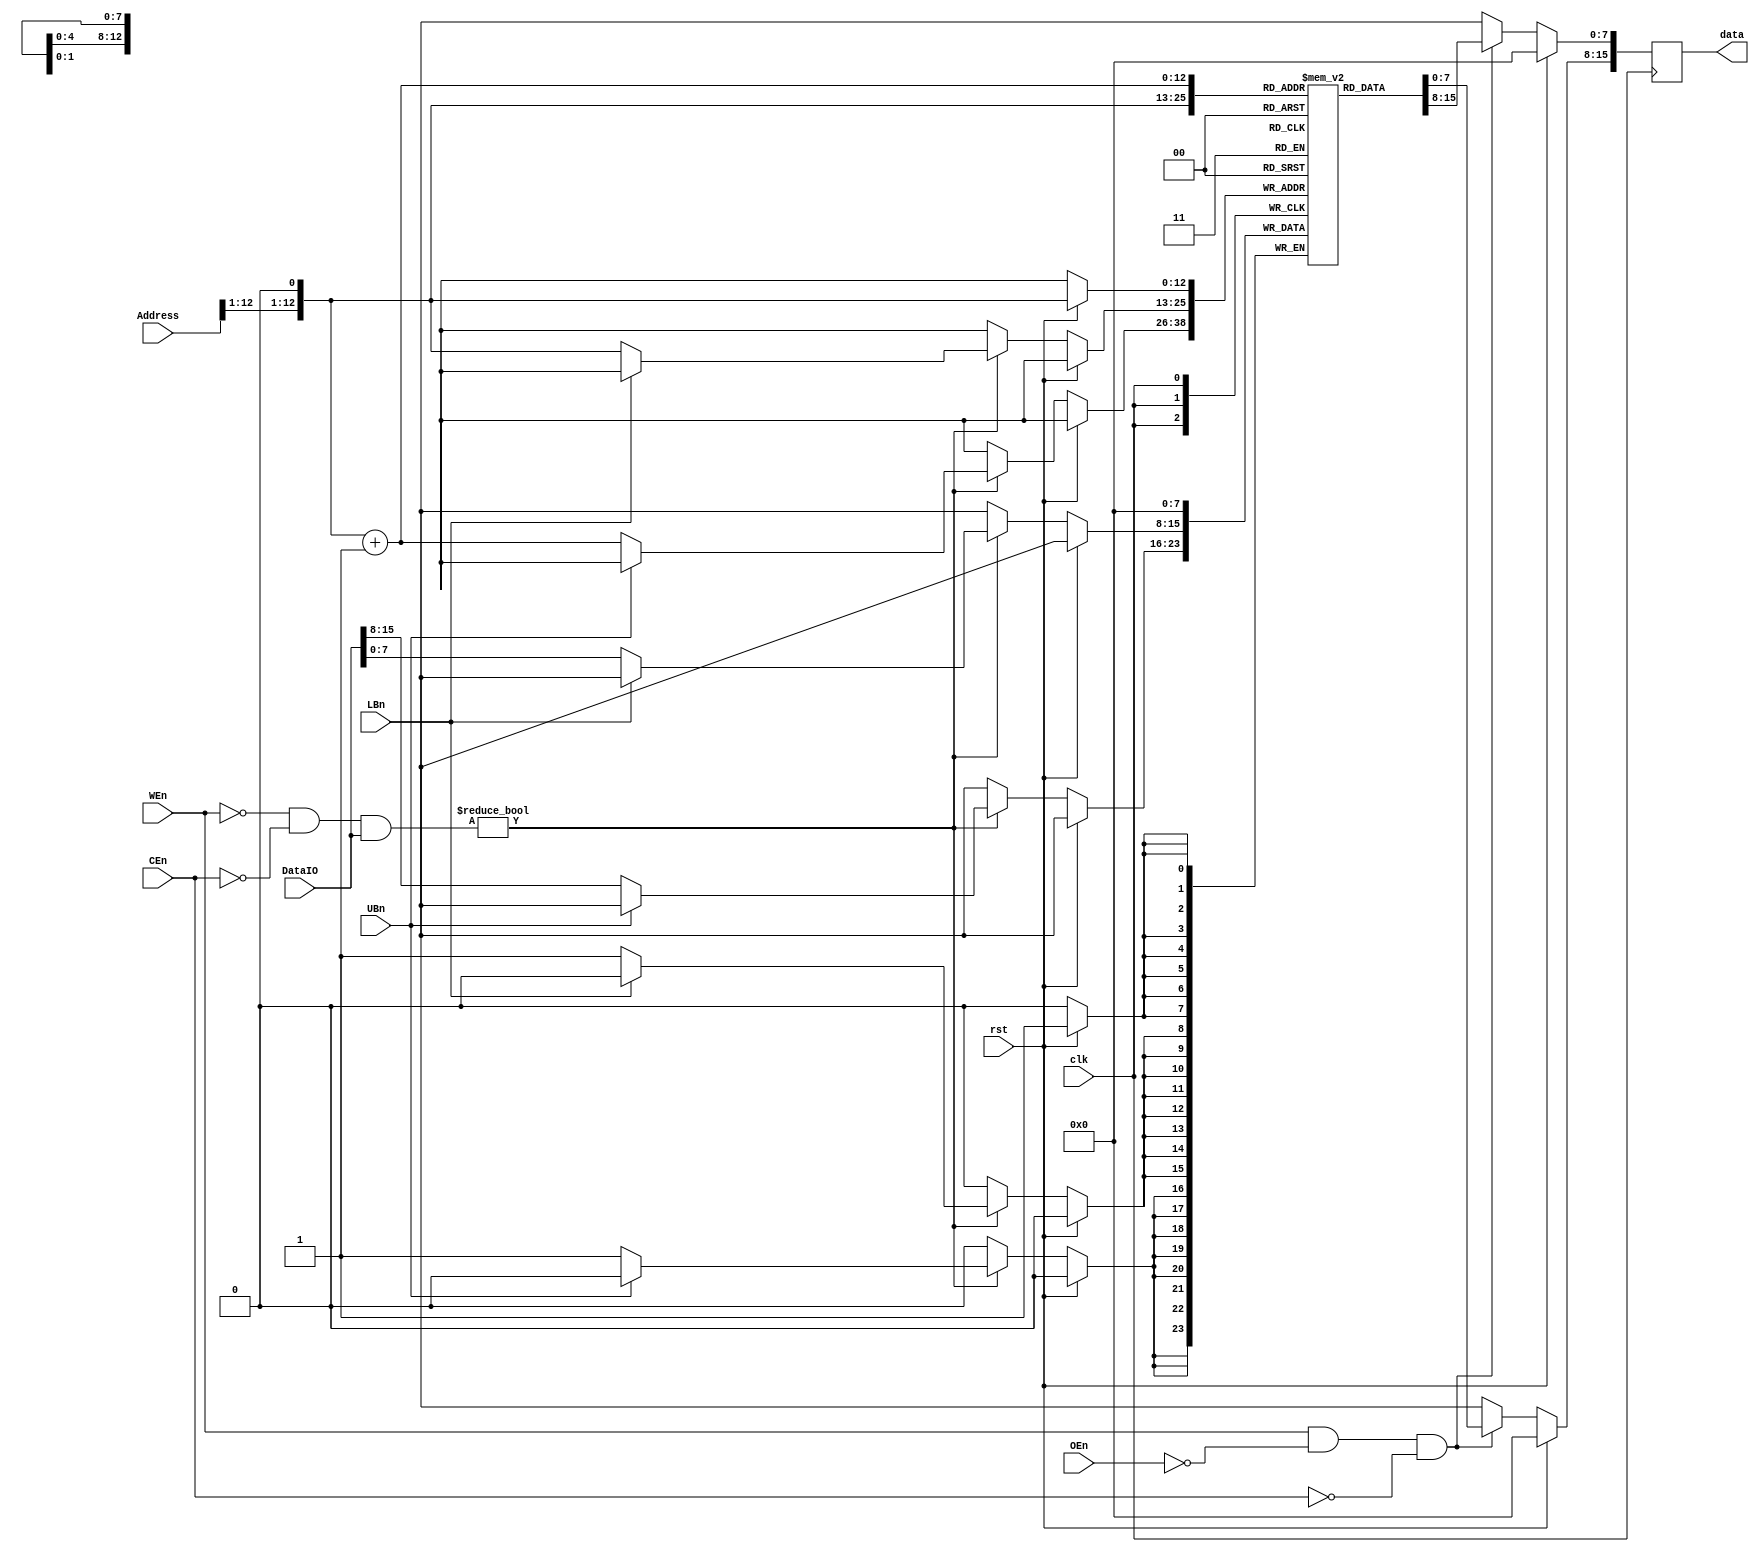
module sram8KBx16 #(
  parameter  AW       = 13 // Address width MAX Implementable upto 1KB and MAX Synthesizable upto 8KB
  //parameter  filename = "data.hex"
  )
 (
  input  wire               clk,
  input  wire               rst,
  input  wire  [AW-1:0]     Address,
  //inout  wire  [15:0]       DataIO,
  input  wire  [15:0]       DataIO,
  input  wire               WEn,
  input  wire               OEn,
  input  wire               CEn,
  input  wire               LBn,
  input  wire               UBn,
  output wire   [15:0]      data      
  );

reg    [7:0]         ram_data[0:((1<<AW)-1)]; // 256k byte of RAM data MAX at simulation level
integer              i;                 // Loop counter
wire                 out_enable_lb;       // Lower byte output enable
wire                 out_enable_ub;       // Upper byte output enable
wire   [AW-1:0]      array_addr;
reg    [15:0]        read_data;


// Start of main code
// Initialize RAM
initial
  begin
  for (i=0;i<(1<<AW);i=i+1) 
    begin
    ram_data[i] = 8'h00; //Initialize all data to 0
    end
  /*if (filename != "")
    begin
    $readmemh(filename, ram_data); // Then read in program code
    end*/
  end

// Read control
assign array_addr   = {Address[AW-1:1], 1'b0};

// Read from array
always @ (posedge clk)
begin
if(rst)
begin
    read_data[7:0] = 8'h00;
    read_data[15:8] = 8'h00;
end
else
begin
  if ((WEn) & (~OEn) & (~CEn))
    begin
    read_data[7:0] = ram_data[array_addr];
    read_data[15:8] = ram_data[array_addr+1];
    end
  else
    begin
    read_data[7:0] = 8'hxx;
    read_data[15:8] = 8'hxx;
    end
    
end
end
    assign data[15:0] = {read_data[15:8],read_data[7:0]};


// Write
always @(posedge clk)
begin
if(rst)
begin
 ram_data[array_addr] =8'h00;
end
else
begin
  if ((~WEn) & (~CEn) & (DataIO))
    begin
    if (~LBn)
      begin
      ram_data[array_addr] = DataIO[7:0];
      end
    if (~UBn)
      begin
      ram_data[array_addr+1] = DataIO[15:8];
      end
    end
end
end



endmodule